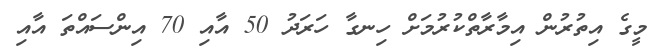
މީގެ އިތުރުން އިމާރާތްކުރުމަށް ހިނގާ ހަރަދު 50 އާއި 70 އިންސައްތަ އާއި